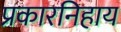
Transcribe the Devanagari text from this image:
प्रकारनिहाय